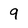
Character: q